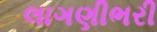
લાગણીભરી